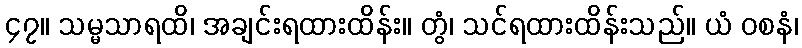
၄၇။ သမ္မသာရထိ၊ အချင်းရထားထိန်း။ တွံ၊ သင်ရထားထိန်းသည်။ ယံ ဝစနံ၊